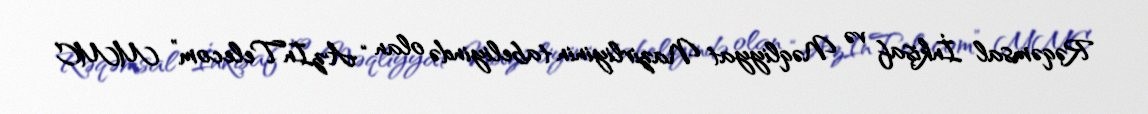
Rəqəmsal İnkişaf və Nəqliyyat Nazirliyinin tabeliyində olan “AzInTelecom” MMC